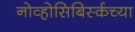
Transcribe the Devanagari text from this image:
नोव्होसिबिर्स्कच्या